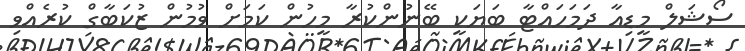
ސޯޝަލް މީޑިއާ ދަމަހައްޓާ ބަޔަކީ ބޭނުންކުރާ މީހުން ކަމަށް ވުމުން ޒުކަބާގް ކުރެއްވި